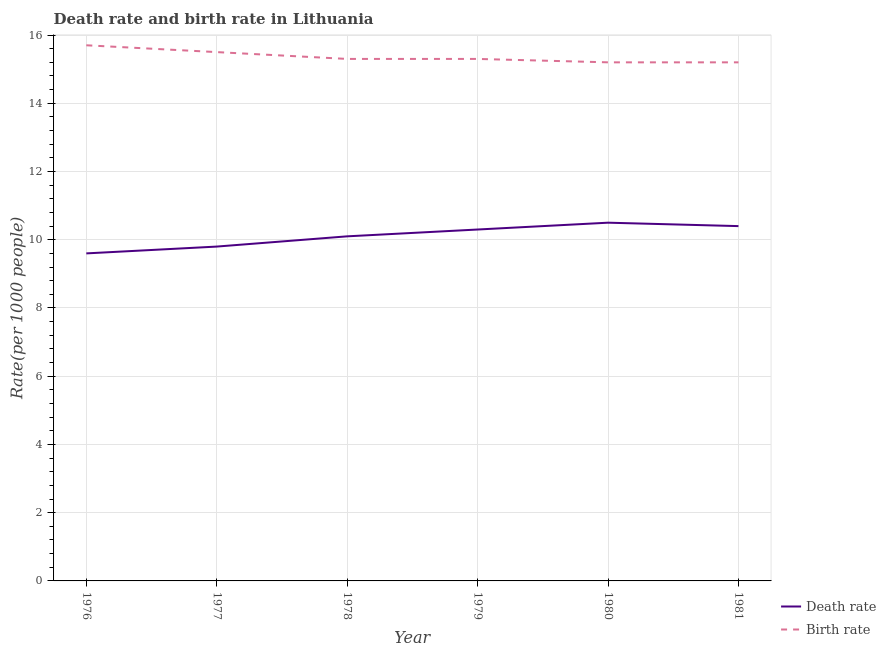
| Year | Death rate | Birth rate |
 | --- | --- | --- |
 | 1976 | 9.6 | 15.7 |
 | 1977 | 9.8 | 15.5 |
 | 1978 | 10.1 | 15.3 |
 | 1979 | 10.3 | 15.3 |
 | 1980 | 10.5 | 15.2 |
 | 1981 | 10.4 | 15.2 |